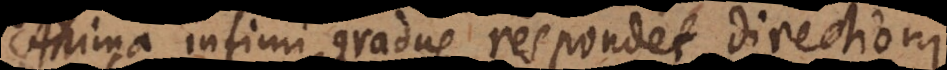
Anima infimi gradus respondet directioni,